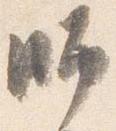
師